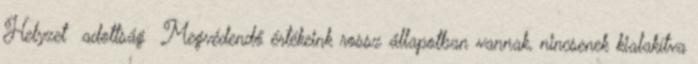
Helyzet adottság ▪Megvédendő értékeink rossz állapotban vannak, nincsenek kialakítva